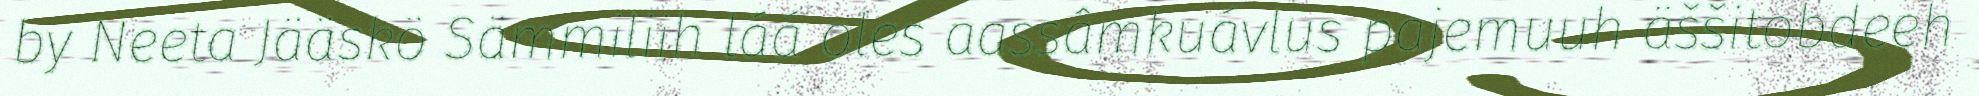
by Neeta Jääskö Sämmiliih láá oles aassâmkuávlus pajemuuh äššitobdeeh